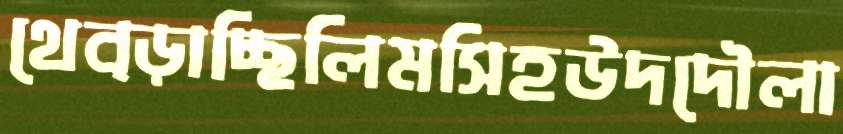
থেব্‌ড়াচ্ছিলিমসিহউদদৌলা